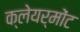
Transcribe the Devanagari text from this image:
क्लेयर्मोंट